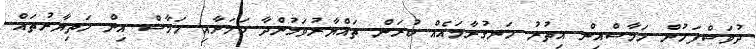
ދުވަސްފަހުން ހަމާސްއިން އިތުރު ހަނގުރާމައެއް ކުރަން ތައްޔާރުވަމުންދާ ކަމަށާއި ހަމާސް އިން ހަތިޔާރުތައް